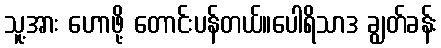
သူ့အား ဟောဖို့ တောင်းပန်တယ်။ပေါရိသာဒ ချွတ်ခန်း